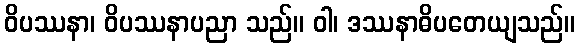
ဝိပဿနာ၊ ဝိပဿနာပညာ သည်။ ဝါ၊ ဒဿနာဓိပတေယျသည်။